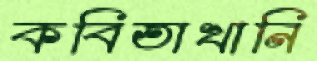
কবিতাখানি